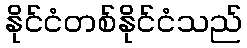
နိုင်ငံတစ်နိုင်ငံသည်